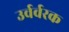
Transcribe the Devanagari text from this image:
उर्वर्वरक